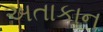
અતાકાન